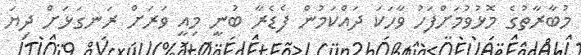
މުބާރާތުގެ މޮޅުވުމަށްފަހު ވާހަކަ ދައްކަމުން ފެޑެރާ ބުނީ މިއީ ވަރަށް ރަނގަޅަށް ދިޔަ